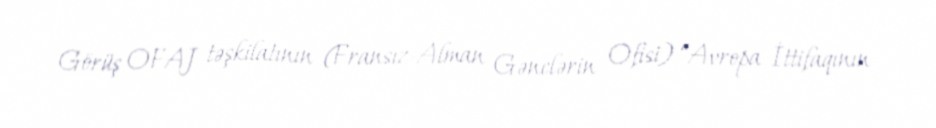
Görüş OFAJ təşkilatının (Fransız-Alman Gənclərin Ofisi) “Avropa İttifaqının